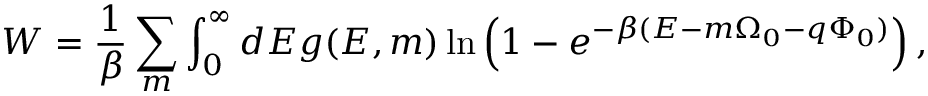
W = \frac { 1 } { \beta } \sum _ { m } \int _ { 0 } ^ { \infty } d { \cal E } g ( { \cal E } , m ) \ln \left( 1 - e ^ { - \beta ( { \cal E } - m \Omega _ { 0 } - q \Phi _ { 0 } ) } \right) ,